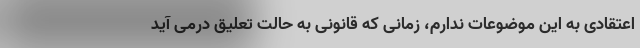
اعتقادی به این موضوعات ندارم، زمانی که قانونی به حالت تعلیق درمی آید